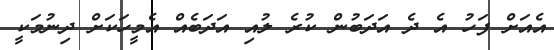
އެއަށް ފަހު އެ ދެ އަދަބުން ކުރެ ލުއި އަދަބެއް އެމީހަކަށް ދިނުމަކީ